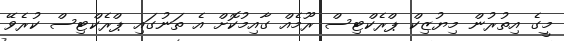
މީގެ އިތުރުން މިޔުޒިކް ޕްރެކްޓިސް ރޫމެއް ގާއިމުކޮށް އެ ތަނުގައި ޕްރެކްޓިސް ކުރެވޭ